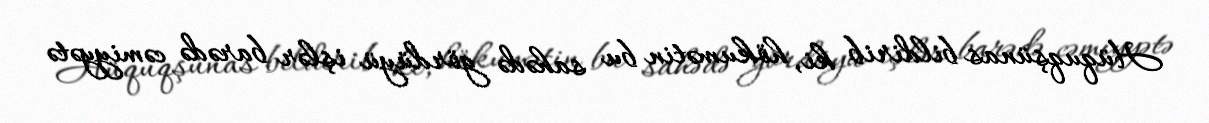
Hüquqşünas bildirib ki, hökumətin bu sahədə gördüyü işlər barədə cəmiyyətə